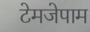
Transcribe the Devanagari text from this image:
टेमजेपाम